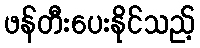
ဖန်တီးပေးနိုင်သည့်